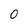
Character: 0